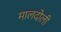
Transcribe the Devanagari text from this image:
मालदोली